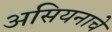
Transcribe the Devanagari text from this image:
असियनाचे